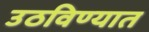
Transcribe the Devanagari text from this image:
उठविण्यात